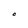
Character: O